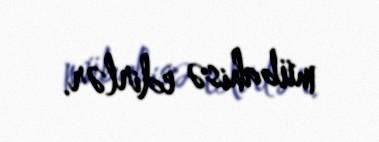
mübahisə edirlər.